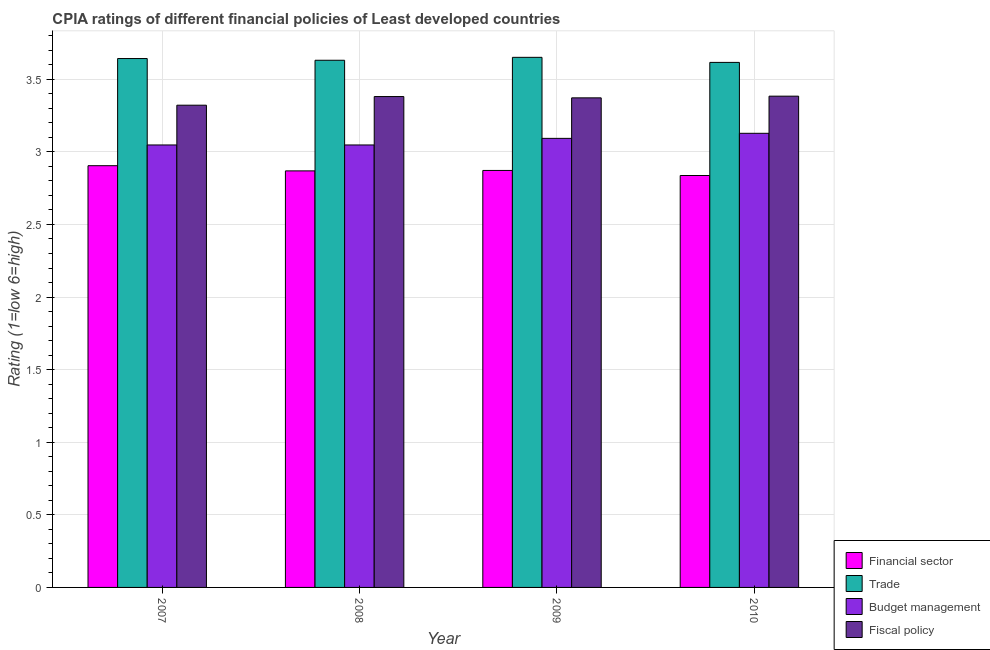
| Year | Financial sector | Trade | Budget management | Fiscal policy |
 | --- | --- | --- | --- | --- |
 | 2007 | 2.9 | 3.64 | 3.05 | 3.32 |
 | 2008 | 2.87 | 3.63 | 3.05 | 3.38 |
 | 2009 | 2.87 | 3.65 | 3.09 | 3.37 |
 | 2010 | 2.84 | 3.62 | 3.13 | 3.38 |